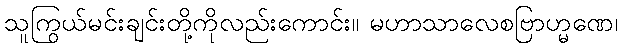
သူကြွယ်မင်းချင်းတို့ကိုလည်းကောင်း။ မဟာသာလေစဗြာဟ္မဏေ၊